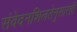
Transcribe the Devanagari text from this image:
संवेदनशिलतेनुसारही